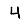
Digit: 4